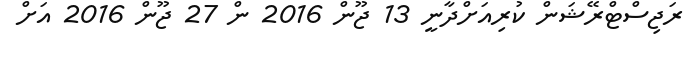
ރަޖިސްޓްރޭޝަން ކުރިއަށްދާނީ 13 ޖޫން 2016 ން 27 ޖޫން 2016 އަށް